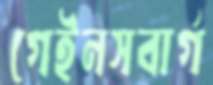
গেইনসবার্গ